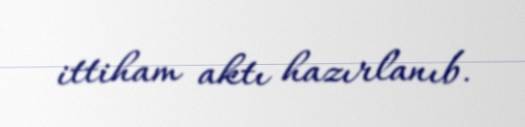
ittiham aktı hazırlanıb.